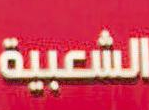
الشعبية